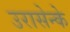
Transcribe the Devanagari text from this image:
उरासेन्के